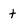
Character: t